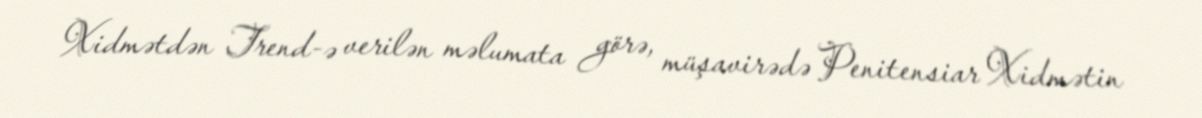
Xidmətdən Trend-ə verilən məlumata görə, müşavirədə Penitensiar Xidmətin